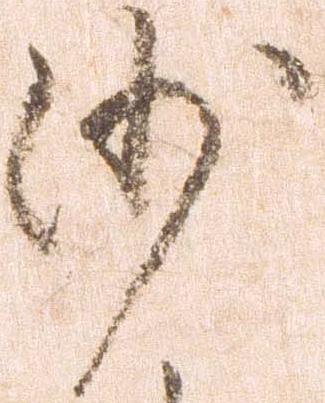
沙